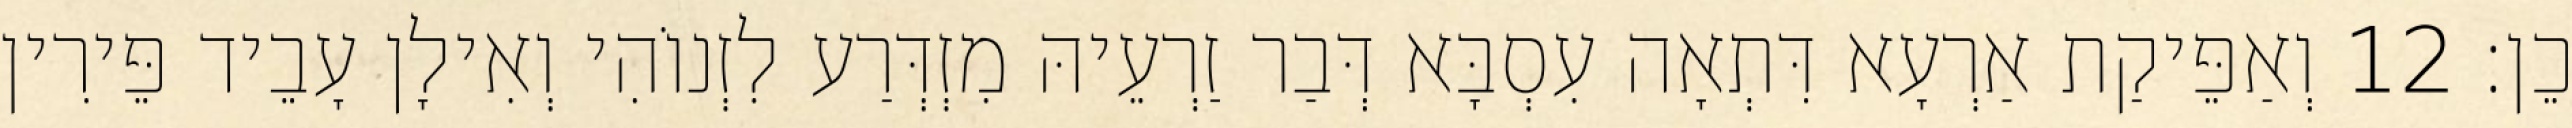
כֵן׃ 12 וְאַפֵּיקַת אַרְעָא דִּתְאָה עִסְבָּא דְּבַר זַרְעֵיהּ מִזְדְּרַע לִזְנוֹהִי וְאִילָן עָבֵיד פֵּירִין